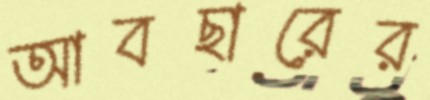
আবছারের